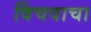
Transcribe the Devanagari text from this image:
विंचवाचा